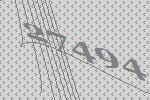
27494